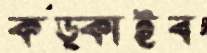
কড়্‌কাইব